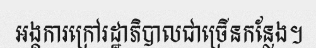
អង្គការក្រៅរដ្ឋាភិបាលជាច្រើនកន្លែង។